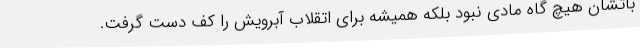
باتشان هیچ گاه مادی نبود بلکه همیشه برای اتقلاب آبرویش را کف دست گرفت.